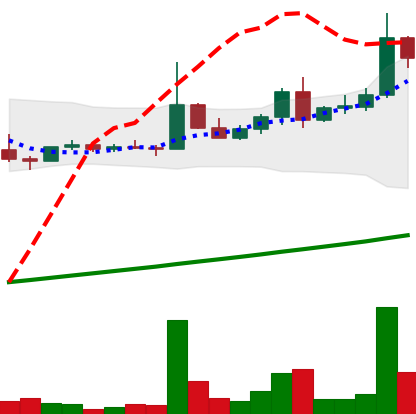
Ticker: DOGE-USD
Chart end date: 2021-04-12
Forward return: 301.561%
Label: up_7plus